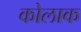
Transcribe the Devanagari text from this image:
कोलाक